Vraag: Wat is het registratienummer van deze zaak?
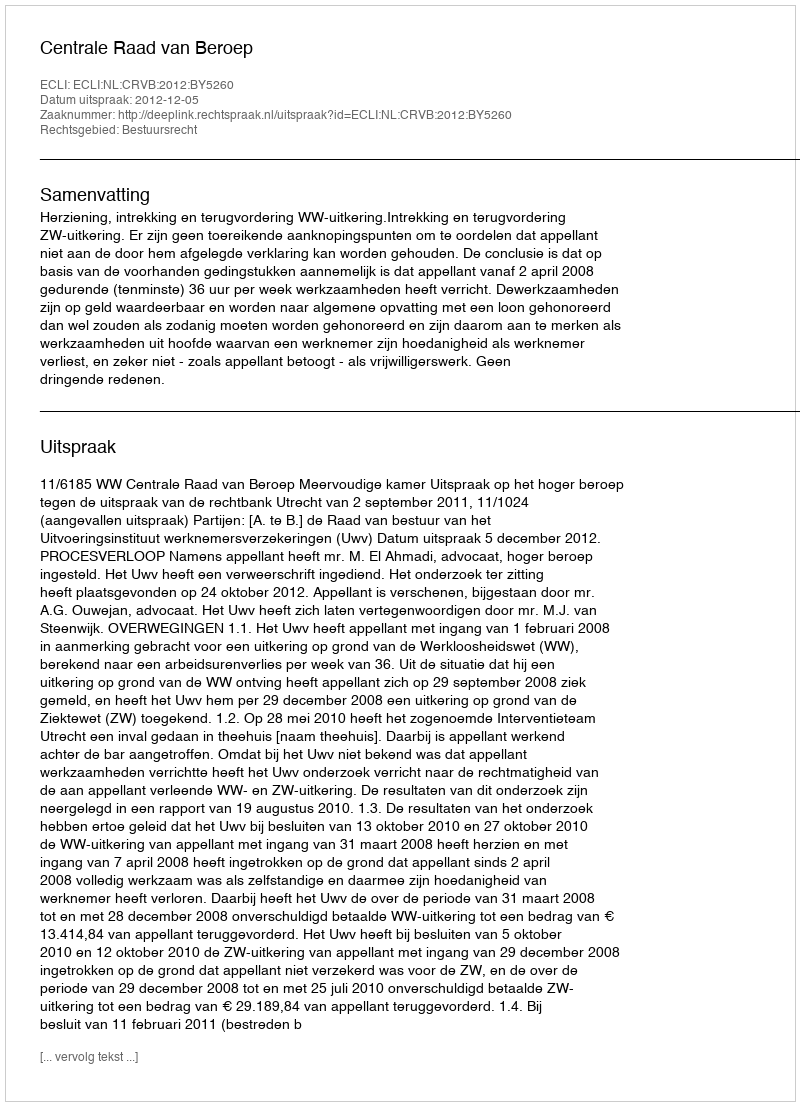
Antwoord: http://deeplink.rechtspraak.nl/uitspraak?id=ECLI:NL:CRVB:2012:BY5260